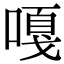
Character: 嘎